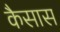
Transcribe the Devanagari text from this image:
कैसास